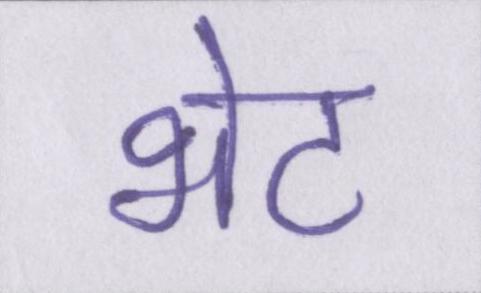
भेट